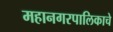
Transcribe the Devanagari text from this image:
महानगरपालिकाचे